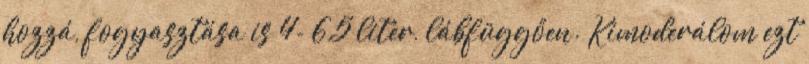
hozzá, fogyasztása is 4- 6,5 liter, lábfüggően. Kimoderálom ezt